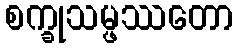
စက္ခုသမ္ဖဿတော